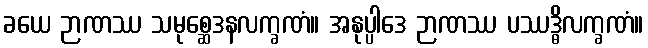
ခယေ ဉာဏဿ သမုစ္ဆေဒနလက္ခဏံ။ အနုပ္ပါဒေ ဉာဏဿ ပဿဒ္ဓိလက္ခဏံ။